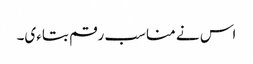
اس نے مناسب رقم بتاءی۔